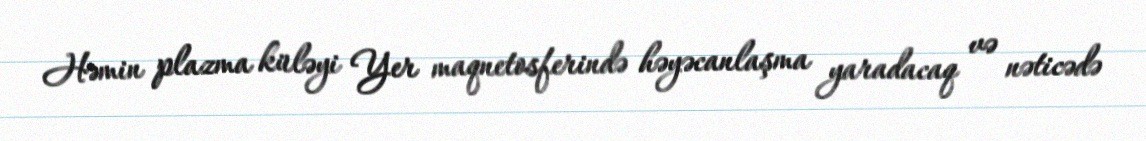
Həmin plazma küləyi Yer maqnetosferində həyəcanlaşma yaradacaq və nəticədə